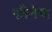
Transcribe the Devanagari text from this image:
कीनेज